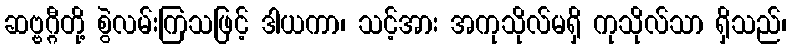
ဆဗ္ဗဂ္ဂီတို့ စွဲလမ်းကြသဖြင့် ဒါယကာ၊ သင့်အား အကုသိုလ်မရှိ ကုသိုလ်သာ ရှိသည်၊